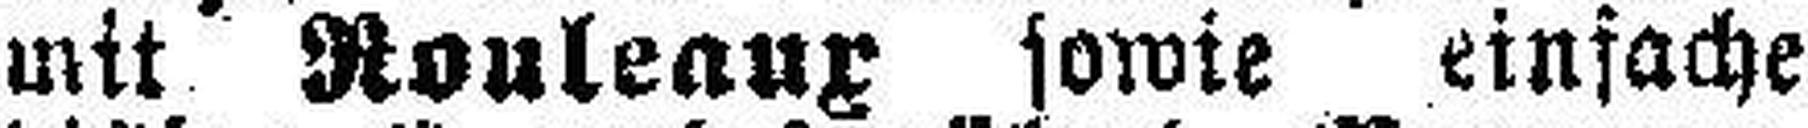
mit Rouleaux sowie einfache